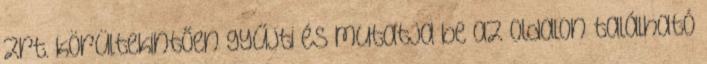
Zrt. körültekintően gyűjti és mutatja be az oldalon található